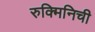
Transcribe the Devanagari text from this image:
रुक्मिनिची